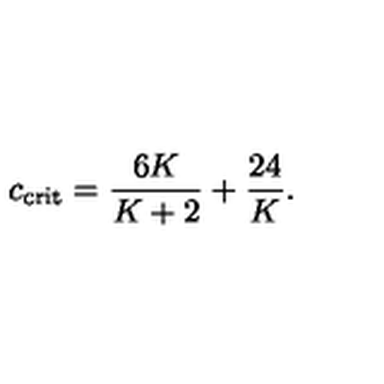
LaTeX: c _ { \mathrm { c r i t } } = { \frac { 6 K } { K + 2 } } + { \frac { 2 4 } { K } } .